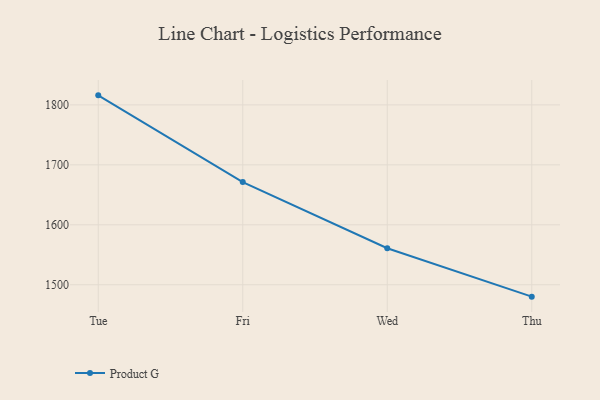
{"axis": {"x": "Day", "y": "Temperature (°C)"}, "legend": ["Product G"], "data": [{"x": "Tue", "y": 1815.9, "type": "Product G"}, {"x": "Fri", "y": 1671.2, "type": "Product G"}, {"x": "Wed", "y": 1561.0, "type": "Product G"}, {"x": "Thu", "y": 1480.2, "type": "Product G"}]}